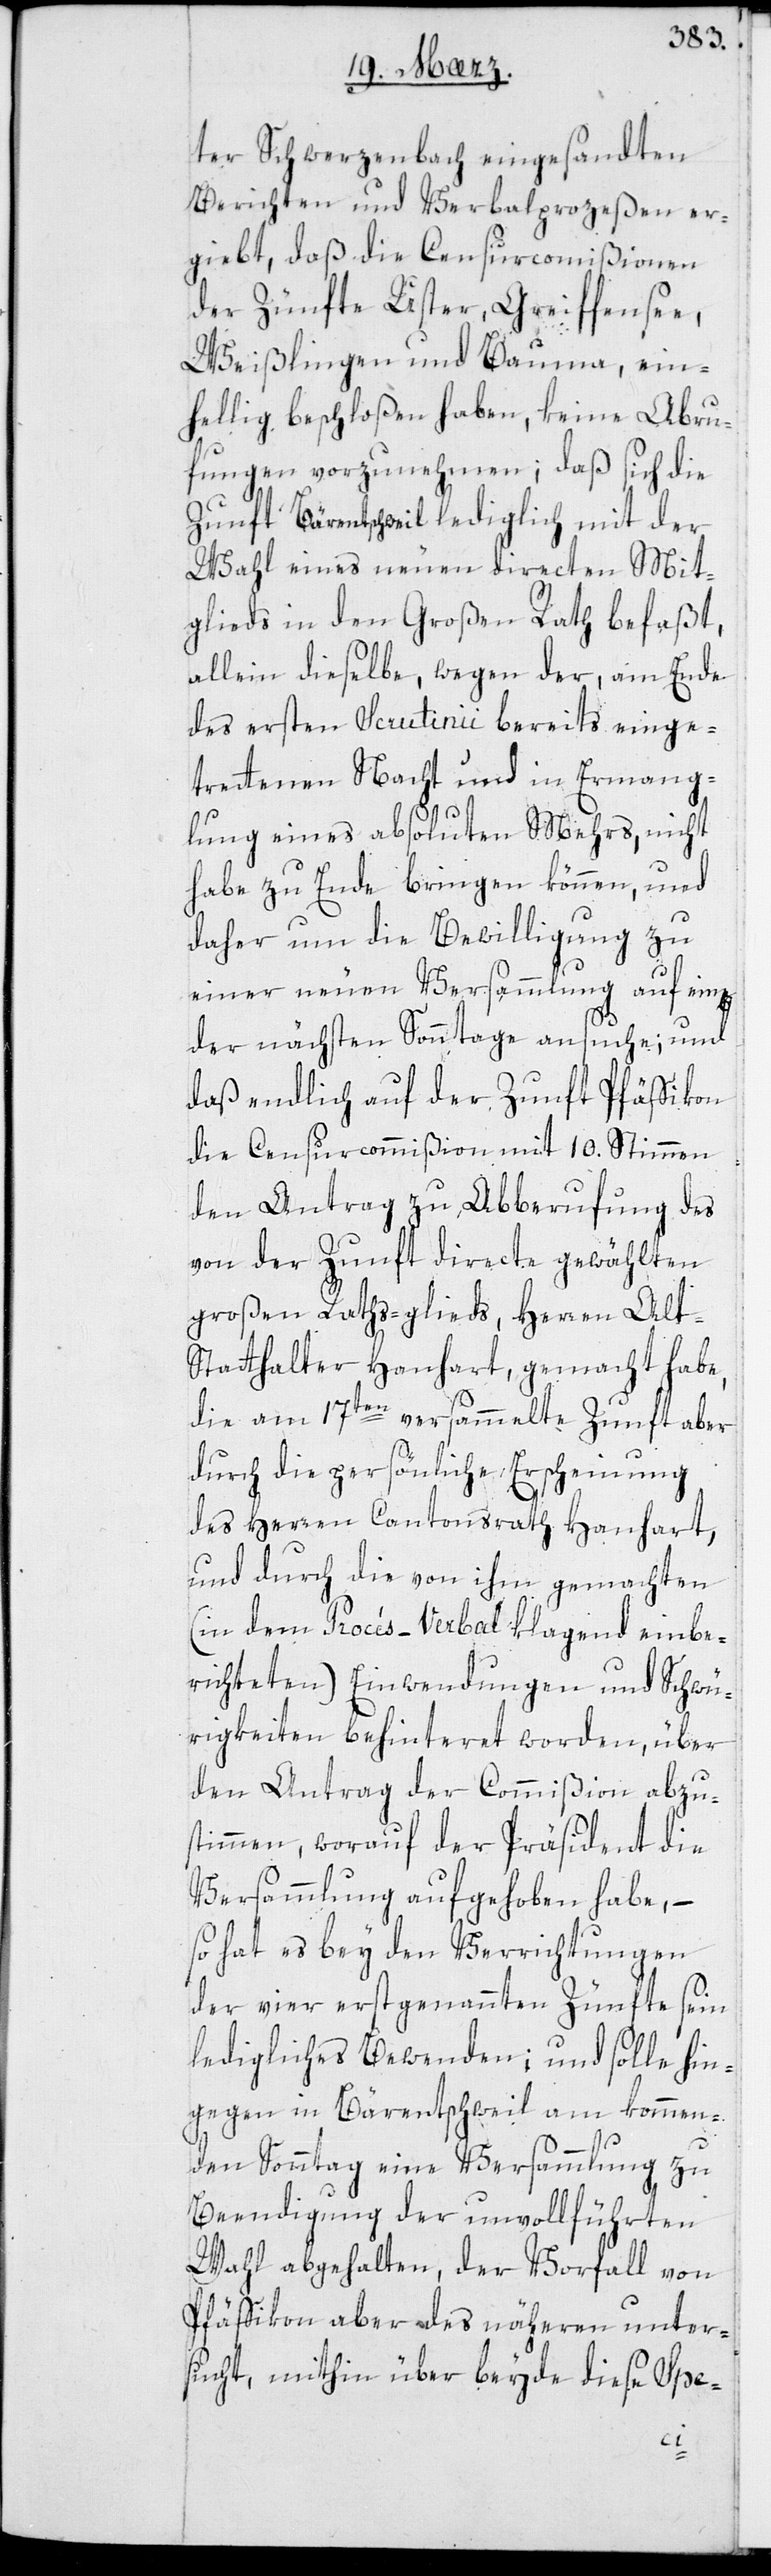
ter Schwerzenbach eingesandten
Berichten und Verbalprozeßen er¬
giebt, daß die Censurcommißionen
der Zünfte Uster, Greiffensee,
Weißlingen und Bauma, ein¬
hellig beschloßen haben, keine Abru¬
fungen vorzunehmen; daß sich die
Zunft Bäretschweil lediglich mit der
Wahl eines neuen directen Mit¬
glieds in den Großen Rath befaßt,
allein dieselbe, wegen der, am Ende
des ersten Scrutinii bereits einge¬
tretenen Nacht und in Ermang¬
lung eines absoluten Mehrs, nicht
habe zu Ende bringen können, und
daher um die Bewilligung zu
einer neuen Versammlung auf eine
der nächsten Sonntage ansuche; und
daß endlich auf der Zunft Pfäffikon
die Censurcommißion mit 10. Stimmen
den Antrag zu Abberufung des
von der Zunft directe gewählten
großen Raths-glieds, Herren Alt-S¬
tatthalter Hanhart gemacht habe,
die am 17ten versammelte Zunft aber
durch die persönliche Erscheinung
des Herren Cantonsrath Hanhart,
und durch die von ihm gemachten
(in den Procés-Verbal klagend einbe¬
richteten) Einwendungen und Schwü¬
rigkeiten behinteret worden, über
den Antrag der Commißion abzu¬
stimmen, worauf der Präsident die
Versammlung aufgehoben habe, –
so hat es bey den Verrichtungen
der vier erstgenannten Zünfte sein
ledigliches Bewenden; und solle hin¬
gegen in Bäretschweil am kommen¬
den Sonntag eine Versammlung zu
Beendigung der unvollführten
Wahl abgehalten, der Vorfall von
Pfäffikon aber des Näheren unter¬
sucht, mithin über beyde diese Spe-